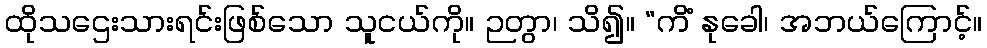
ထိုသဌေးသားရင်းဖြစ်သော သူငယ်ကို။ ဉတွာ၊ သိ၍။ “ကိံ နုခေါ၊ အဘယ်ကြောင့်။